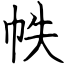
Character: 帙